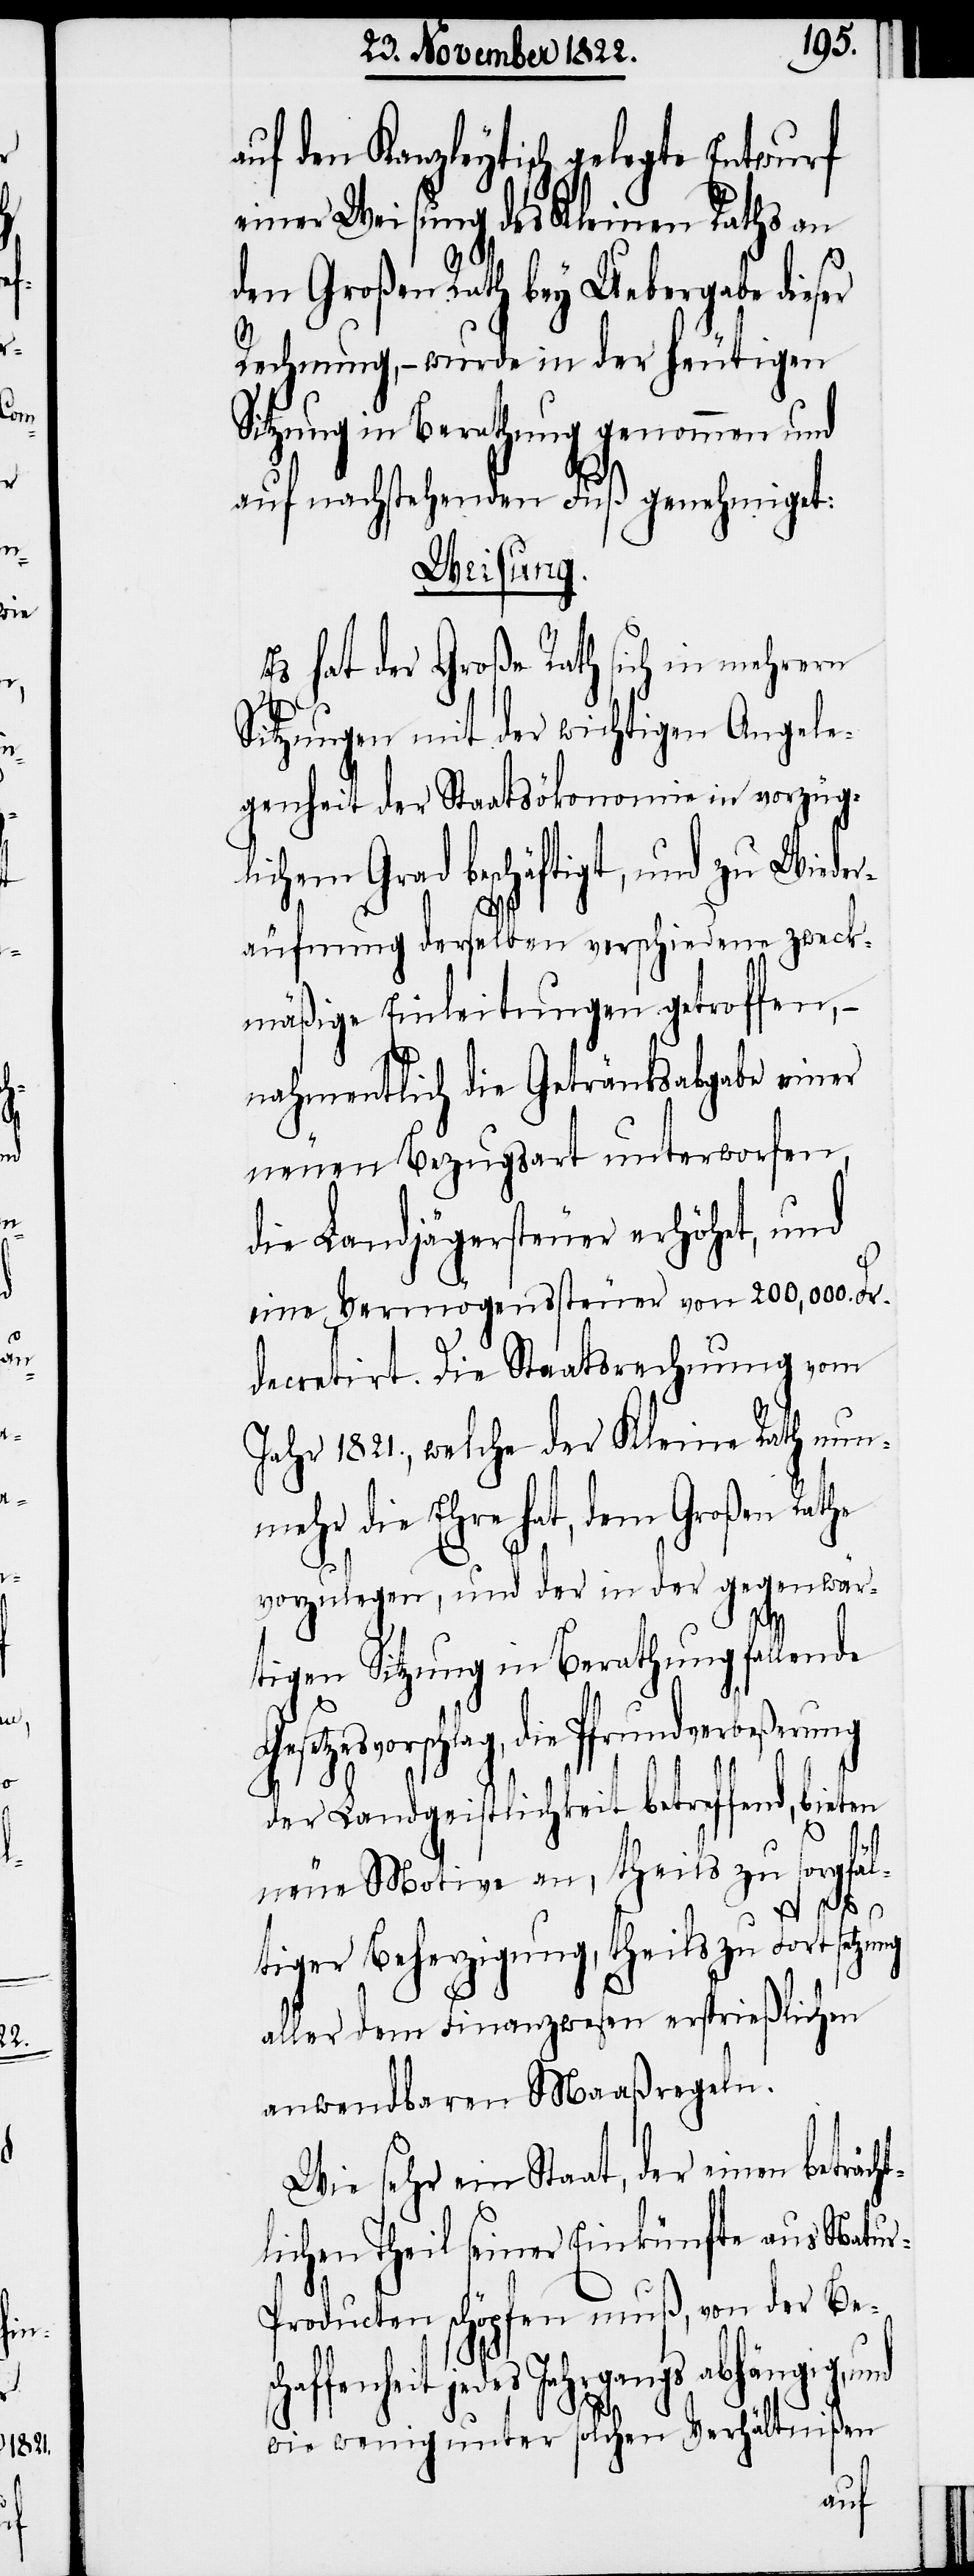
auf den Kanzleytisch gelegte Entwurf
einer Weisung des Kleinen Raths an
den Großen Rath bey Uebergabe dieser
Rechnung, – wurde in der heutigen
Sitzung in Berathung genommen und
auf nachstehenden Fuß genehmiget:
Weisung.
Es hat der Große Rath sich in mehrern
Sitzungen mit der wichtigen Angele¬
genheit der Staatsökonomie in vorzüg¬
lichem Grad beschäftigt, und zu Wieder¬
äufnung derselben verschiedene zweck¬
mäßige Einleitungen getroffen,
nahmentlich die Getränksabgabe einer
neuen Bezugsart unterworfen,
die Landjägersteuer erhöhet, und
eine Vermögensteuer von 200,000. Fr.
decretirt. Die Staatsrechnung vom
Jahr 1821., welche der Kleine Rath nun¬
mehr die Ehre hat, dem Großen Rathe
vorzulegen, und der in der gegenwär¬
sch¬
tigen Sitzung in Berathung fallende
zesvorschlag, die Pfrundverbeßerung
der Landgeistlichkeit betreffend, bieten
neue Motive an, theils zu sorgfäl¬
tiger Beherzigung, theils zu Fortsetz¬
aller dem Finanzwesen ersprießlichen
anwendbaren Maaßregeln.
Wie sehr ein Staat, der einen beträch¬
tlichen Theil seiner Einkünfte aus Natu¬
r-Producten schöpfen muß, von der Be¬
affenheit jedes Jahrgangs abhängig,
wie wenig unter solchen Verhältnißen